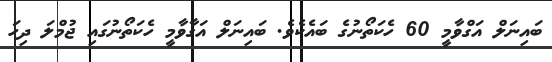
ބައިނަލް އަގްވާމީ 60 ހެކަތޯނުގެ ބައެކެވެ. ބައިނަލް އަގާވާމީ ހެކަތޯނުގައި ޖުމްލަ ދިހަ